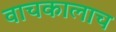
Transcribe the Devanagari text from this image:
वाचकालाच